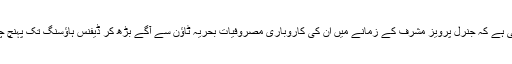
حقیقت یہی ہے کہ جنرل پرویز مشرف کے زمانے میں اُن کی کاروباری مصروفیات بحریہ ٹاﺅن سے آگے بڑھ کر ڈیفنس ہاﺅسنگ تک پہنچ چکی تھیں۔